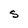
Character: S